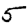
Digit: 5